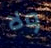
ولا